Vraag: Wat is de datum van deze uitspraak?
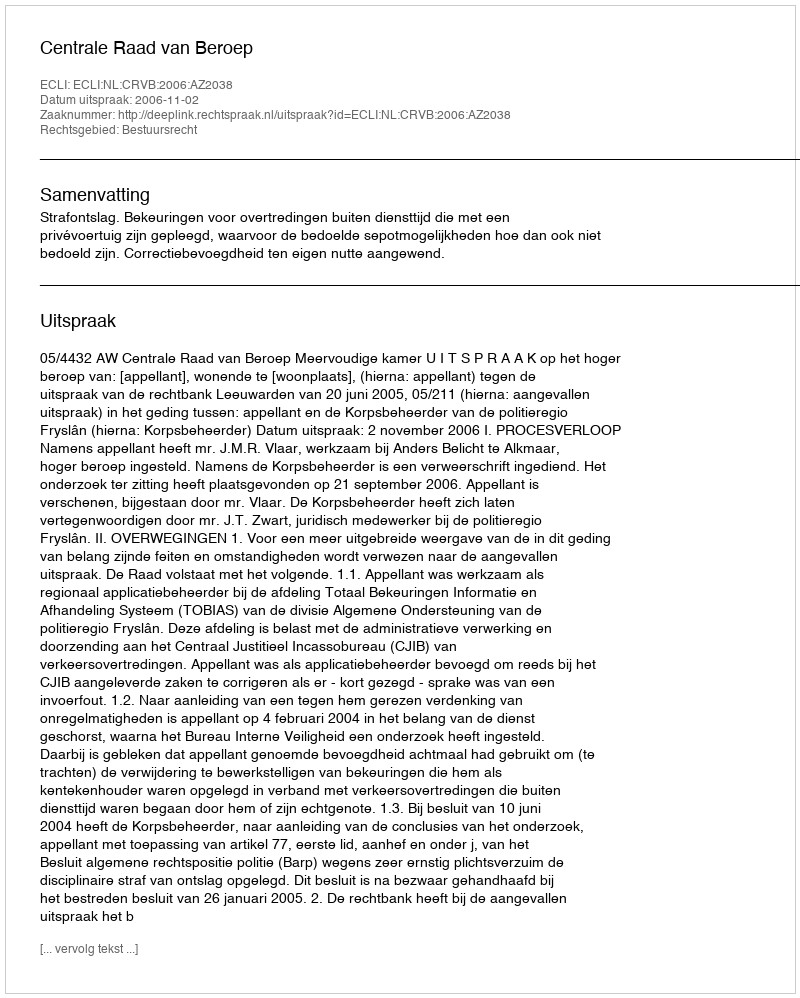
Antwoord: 2006-11-02